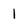
Character: 1